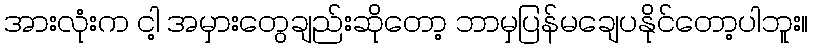
အားလုံးက ငါ့ အမှားတွေချည်းဆိုတော့ ဘာမှပြန်မချေပနိုင်တော့ပါဘူး။